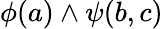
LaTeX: \phi(a)\land\psi(b,c)